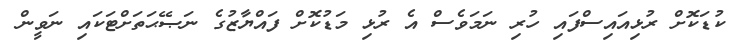
ކުޑަކޮށް ރުޅިއައިސްފައި ހުރި ނަމަވެސް އެ ރުޅި މަޑުކޮށް ފައްޔާޒުގެ ނަޞޭޙަތަށްޓަކައި ނަވީން